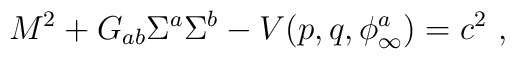
M^2 + G_{ab} \Sigma ^a \Sigma ^b - V(p,q, \phi^a_{\infty} ) =  c^2 \ ,